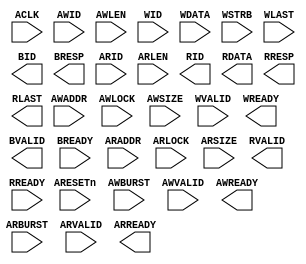
module aes128_axi
(
       input  wire                     ARESETn
     , input  wire                     ACLK
     , input  wire [AXI_WIDTH_SID-1:0] AWID
     , input  wire [AXI_WIDTH_AD-1:0]  AWADDR
     `ifdef AMBA_AXI4
     , input  wire [ 7:0]              AWLEN
     , input  wire                     AWLOCK
     `else
     , input  wire [ 3:0]              AWLEN
     , input  wire [ 1:0]              AWLOCK
     `endif
     , input  wire [ 2:0]              AWSIZE
     , input  wire [ 1:0]              AWBURST
     `ifdef AMBA_AXI_CACHE
     , input  wire [ 3:0]              AWCACHE
     `endif
     `ifdef AMBA_AXI_PROT
     , input  wire [ 2:0]              AWPROT
     `endif
     , input  wire                     AWVALID
     , output wire                     AWREADY
     `ifdef AMBA_AXI4
     , input  wire [ 3:0]              AWQOS
     , input  wire [ 3:0]              AWREGION
     `endif
     , input  wire [AXI_WIDTH_SID-1:0] WID
     , input  wire [AXI_WIDTH_DA-1:0]  WDATA
     , input  wire [AXI_WIDTH_DS-1:0]  WSTRB
     , input  wire                     WLAST
     , input  wire                     WVALID
     , output wire                     WREADY
     , output wire [AXI_WIDTH_SID-1:0] BID
     , output wire [ 1:0]              BRESP
     , output wire                     BVALID
     , input  wire                     BREADY
     , input  wire [AXI_WIDTH_SID-1:0] ARID
     , input  wire [AXI_WIDTH_AD-1:0]  ARADDR
     `ifdef AMBA_AXI4
     , input  wire [ 7:0]              ARLEN
     , input  wire                     ARLOCK
     `else
     , input  wire [ 3:0]              ARLEN
     , input  wire [ 1:0]              ARLOCK
     `endif
     , input  wire [ 2:0]              ARSIZE
     , input  wire [ 1:0]              ARBURST
     `ifdef AMBA_AXI_CACHE
     , input  wire [ 3:0]              ARCACHE
     `endif
     `ifdef AMBA_AXI_PROT
     , input  wire [ 2:0]              ARPROT
     `endif
     , input  wire                     ARVALID
     , output wire                     ARREADY
     `ifdef AMBA_AXI4
     , input  wire [ 3:0]              ARQOS
     , input  wire [ 3:0]              ARREGION
     `endif
     , output wire [AXI_WIDTH_SID-1:0] RID
     , output wire [AXI_WIDTH_DA-1:0]  RDATA
     , output wire [ 1:0]              RRESP
     , output wire                     RLAST
     , output wire                     RVALID
     , input  wire                     RREADY
);
     parameter AXI_WIDTH_CID= 4 // Channel ID width in bits
             , AXI_WIDTH_ID = 4 // ID width in bits
             , AXI_WIDTH_AD =32 // address width
             , AXI_WIDTH_DA =32 // data width
             , AXI_WIDTH_DS =(AXI_WIDTH_DA/8)  // data strobe width
             , AXI_WIDTH_DSB=4 // data strobe width
             , AXI_WIDTH_SID=(AXI_WIDTH_CID+AXI_WIDTH_ID)
             , P_FIFO_DEPTH=512 // use 512 in order to support 256-beat burst
             ;
     //-------------------------------------------------------------------------
     // synthesis attribute box_type ase128_axi "black_box"
     //-------------------------------------------------------------------------
endmodule